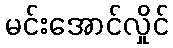
မင်းအောင်လှိုင်